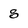
Character: 8